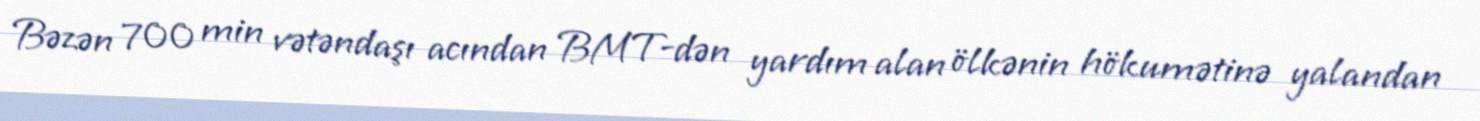
Bəzən 700 min vətəndaşı acından BMT-dən yardım alan ölkənin hökumətinə yalandan